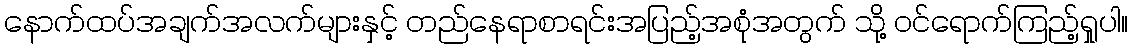
နောက်ထပ်အချက်အလက်များနှင့် တည်နေရာစာရင်းအပြည့်အစုံအတွက် သို့ ဝင်ရောက်ကြည့်ရှုပါ။